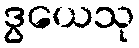
ဒွယေသု